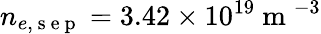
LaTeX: n_{e,\mathrm{~s~e~p~}}=3.42\times 10^{19}\mathrm{~m~}^{-3}